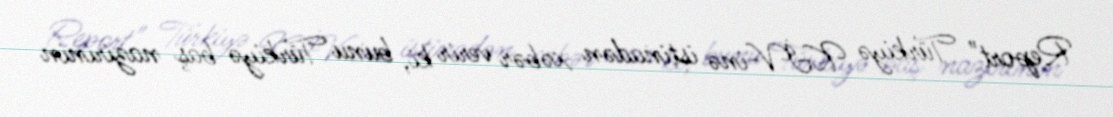
Report" Türkiyə KİV-inə istinadən xəbər verir ki, bunu Türkiyə baş nazirinin